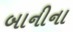
બાનીના